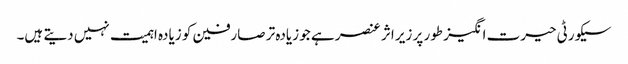
سیکورٹی حیرت انگیز طور پر زیر اثر عنصر ہے جو زیادہ تر صارفین کو زیادہ اہمیت نہیں دیتے ہیں۔